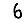
Digit: 6